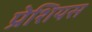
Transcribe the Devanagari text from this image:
प्रेशियस